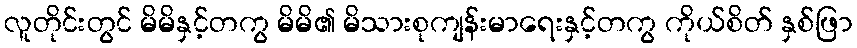
လူတိုင်းတွင် မိမိနှင့်တကွ မိမိ၏ မိသားစုကျန်းမာရေးနှင့်တကွ ကိုယ်စိတ် နှစ်ဖြာ